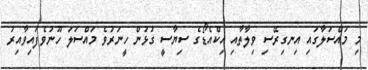
މި މައްސަލާގައި އިނގިރޭސި ވިލާތާއި އިކްއެޑޯގެ ސިޔާސީ ގުޅުން ހީނަރުވެ މައްސަލަ ހޫނުވެފައިވާއިރު